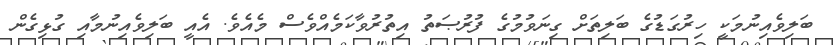
ބަލިވެއިނުމަކީ ހިރުގަޑުގެ ބަލިތަށް ގިނަވުމުގެ ފުރުޞަތު އިތުރުވާކަމެއްވެސް މެއެވެ. އެއީ ބަލިވެއިނުމާއި ގުޅިގެން